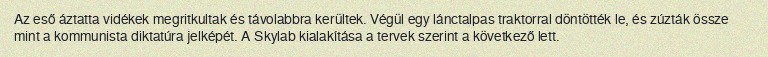
Az eső áztatta vidékek megritkultak és távolabbra kerültek. Végül egy lánctalpas traktorral döntötték le, és zúzták össze mint a kommunista diktatúra jelképét. A Skylab kialakítása a tervek szerint a következő lett.